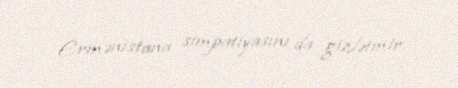
Ermənistana simpatiyasını da gizlətmir.